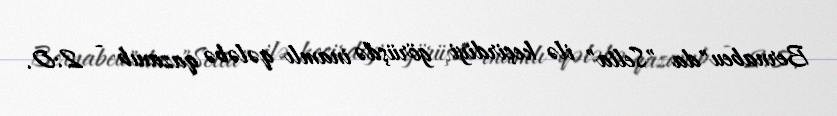
Bernabeu"da "Selta" ilə keçirdiyi görüşdə inamlı qələbə qazanıb - 2:0.